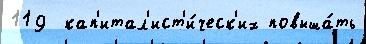
119  кап'итал'ист'и́ческ'их повыша́ть